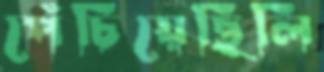
পেঁচিয়েছিলি